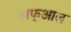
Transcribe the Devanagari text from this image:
अफ्आल